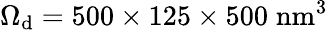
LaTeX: \Omega_{\mathrm{d}}=500\times125\times500\; \mathrm{{nm}}^{3}